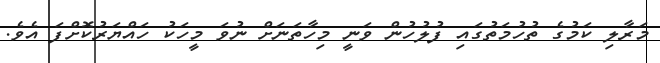
މަރާލި ކަމުގެ ތުހުމަތުގައި ފުލުހުން ވަނީ މިހާތަނަށް ނުވަ މީހަކު ހައްޔަރުކޮށްފަ އެވެ.